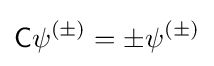
{\mathsf {C}}\psi ^{(\pm )}=\pm \psi ^{(\pm )}